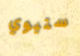
ستيوي